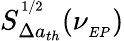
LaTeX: S_{\Delta a_{th}}^{^{1/2}}(\nu_{_{EP}})